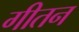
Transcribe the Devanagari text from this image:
गीतन